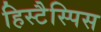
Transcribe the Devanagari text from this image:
हिस्टैस्पिस